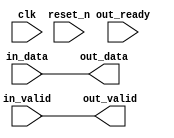
// --------------------------------------------------------------------------------
//| Avalon Streaming Timing Adapter
// --------------------------------------------------------------------------------
// altera message_level level1

`timescale 1ns / 100ps
module soc_system_master_secure_timing_adt (
    
      // Interface: clk
      input              clk,
      // Interface: reset
      input              reset_n,
      // Interface: in
      input              in_valid,
      input      [ 7: 0] in_data,
      // Interface: out
      output reg         out_valid,
      output reg [ 7: 0] out_data,
      input              out_ready
);




   // ---------------------------------------------------------------------
   //| Signal Declarations
   // ---------------------------------------------------------------------

   reg  [ 7: 0] in_payload;
   reg  [ 7: 0] out_payload;
   reg  [ 0: 0] ready;
   reg          in_ready;
   // synthesis translate_off
   always @(negedge in_ready) begin
      $display("%m: The downstream component is backpressuring by deasserting ready, but the upstream component can't be backpressured.");
   end
   // synthesis translate_on   


   // ---------------------------------------------------------------------
   //| Payload Mapping
   // ---------------------------------------------------------------------
   always @* begin
     in_payload = {in_data};
     {out_data} = out_payload;
   end

   // ---------------------------------------------------------------------
   //| Ready & valid signals.
   // ---------------------------------------------------------------------
   always @* begin
     ready[0] = out_ready;
     out_valid = in_valid;
     out_payload = in_payload;
     in_ready = ready[0];
   end




endmodule